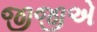
જીજીએ